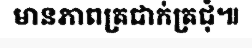
មានភាពត្រជាក់ត្រជុំ៕